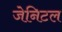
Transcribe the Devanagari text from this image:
जेनिटल